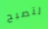
لتصبح